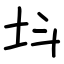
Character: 㘰